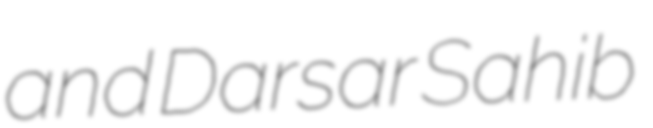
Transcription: and Darsar Sahib